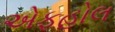
એફહોલ